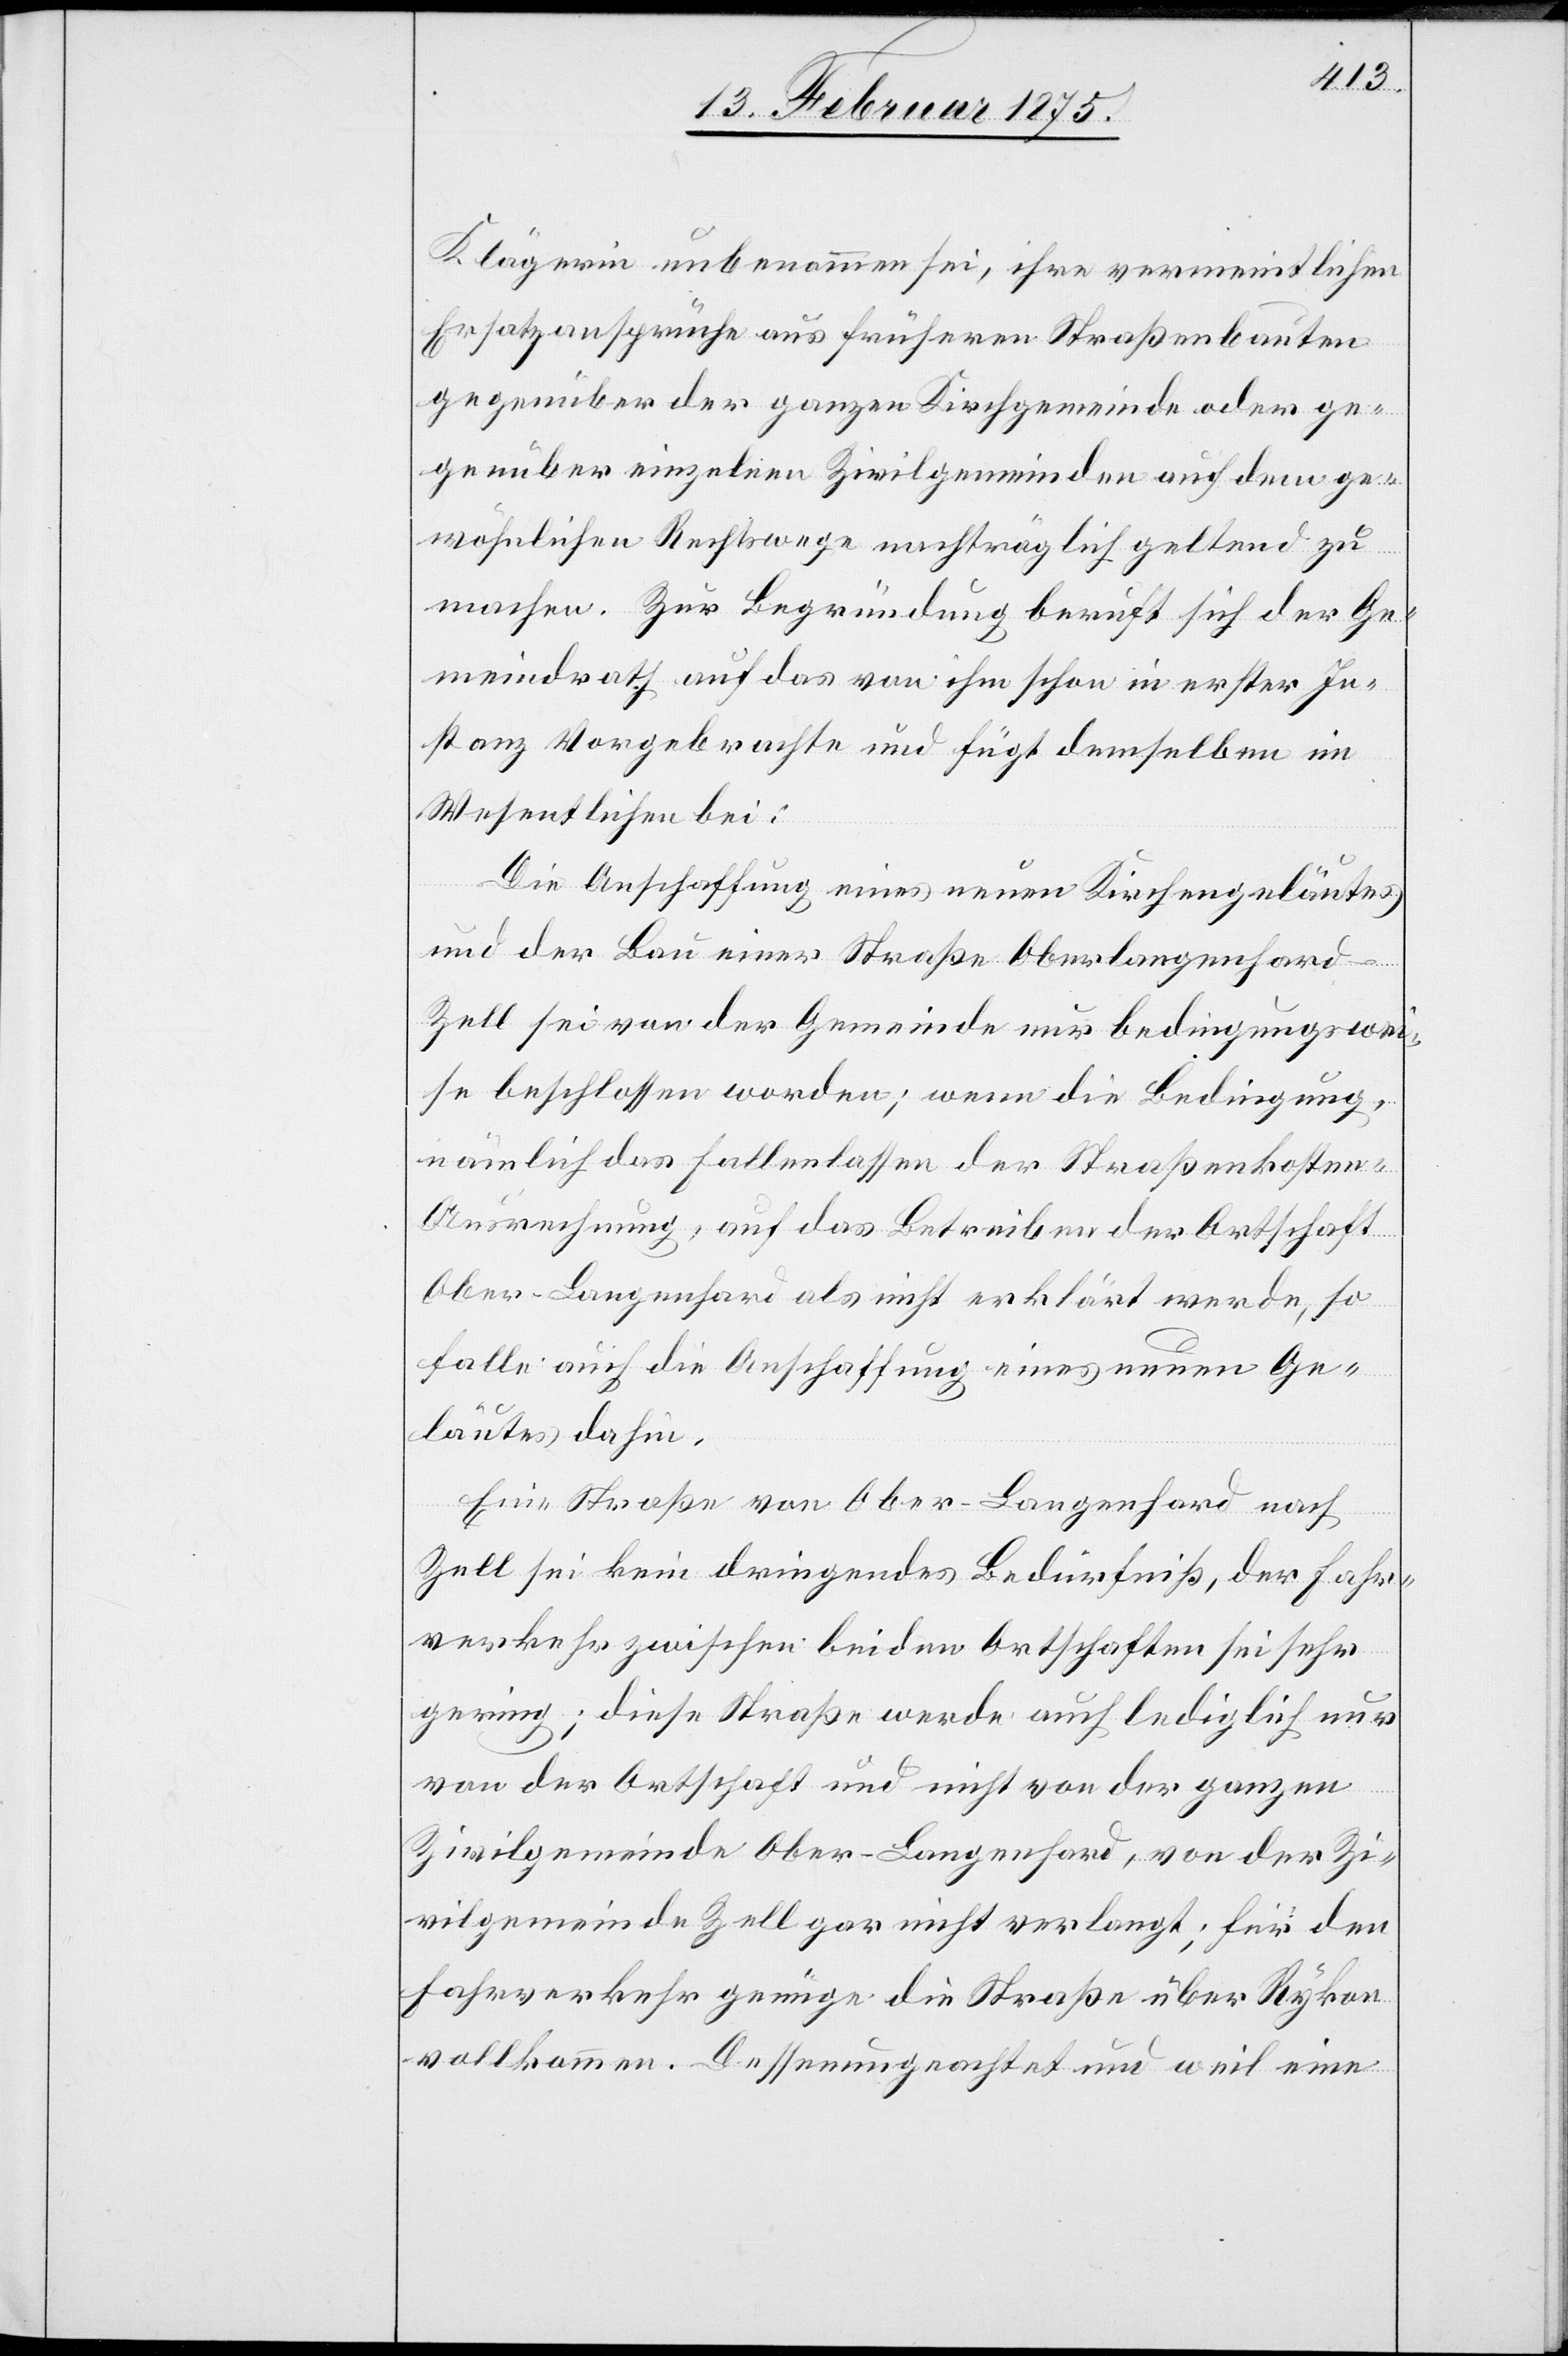
Klägerin unbenommen sei, ihre vermeintlichen
Ersatzansprüche aus früheren Straßenbauten
gegenüber der ganzen Kirchgemeinde oder ge¬
genüber einzelnen Zivilgemeinden auf dem ge¬
wöhnlichen Rechtswege nachträglich geltend zu
machen. Zur Begründung beruft sich der Ge¬
meindrath auf das von ihm schon in erster In¬
stanz Vorgebrachte und fügt demselben im
Wesentlichen bei:
Die Anschaffung eines neuen Kirchengeläutes
und der Bau einer Straße Oberlangenhard-Z¬
ell sei von der Gemeinde nur bedingungswei¬
se beschlossen worden; wenn die Bedingung,
nämlich das Fallenlassen der Straßenkosten-A¬
usrechnung, auf das Betreiben der Ortschaft
Ober-Langenhard als nichtig erklärt werde, so
falle auch die Anschaffung eines neuen Ge¬
läutes dahin.
Eine Straße von Ober-Langenhard nach
Zell sei kein dringendes Bedürfniß, der Fahr¬
verkehr zwischen beiden Ortschaften sei sehr
gering; diese Straße werde auch lediglich nur
von der Ortschaft und nicht von der ganzen
Zivilgemeinde Ober-Langenhard, von der Zi¬
vilgemeinde Zell gar nicht verlangt; für den
Fahrverkehr genüge die Straße über Rykon
vollkommen. Dessenungeachtet und weil eine